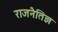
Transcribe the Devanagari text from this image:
राजनैतिज्ञ